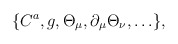
\begin{align*}\{C^a,g,\Theta_{\mu},\partial_{\mu}\Theta_{\nu},\ldots\},\end{align*}